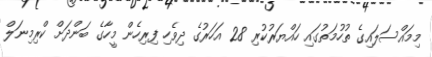
މިމައްސަލައިގެ ތުހުމަތުގައި ހައްޔަރުކުރި 28 އަހަރުގެ ދިވެހި ފިރިހެން މީހާގެ ބަންދަށް ކްރިމިނަލް